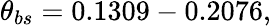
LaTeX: \theta_{bs}=0.1309-0.2076,